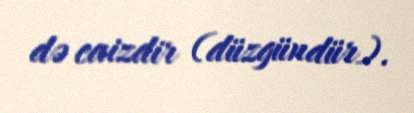
də caizdir (düzgündür).